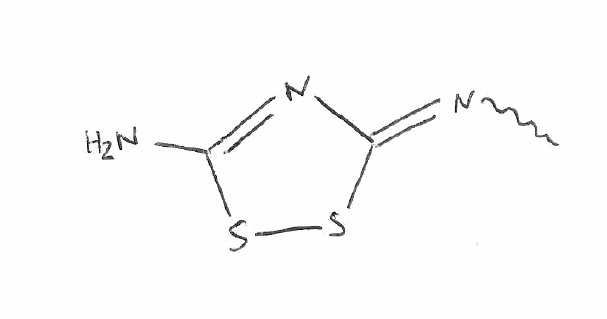
Simplified molecular-input line-entry system (SMILES) notation of the given molecule:
CN=C1N=C(SS1)N